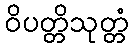
ဝိပတ္တိသုတ္တံ